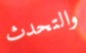
والتحدث